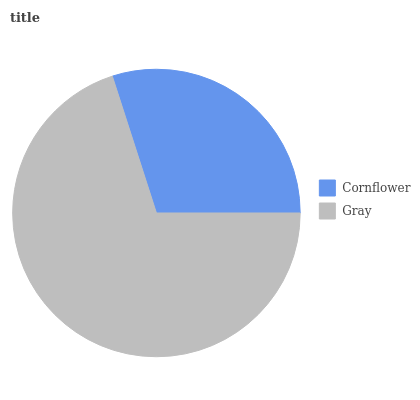
| Cornflower | Gray |
 | --- | --- |
 | 29.9% | 70.1% |